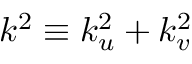
k ^ { 2 } \equiv k _ { u } ^ { 2 } + k _ { v } ^ { 2 }